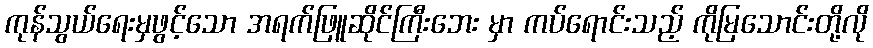
ကုန်သွယ်ရေးမှဖွင့်သော အရက်ဖြူဆိုင်ကြီးဘေး မှာ ကပ်ရောင်းသည့် ကိုမြသောင်းတို့လို